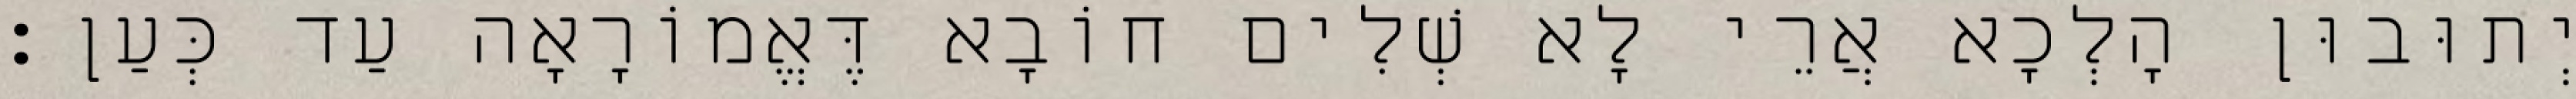
יְתוּבוּן הָלְכָא אֲרֵי לָא שְׁלִים חוֹבָא דֶּאֱמוֹרָאָה עַד כְּעַן׃